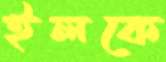
ইলকে